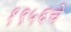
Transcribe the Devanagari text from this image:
१९५६चे